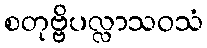
စတုဗ္ဗိပလ္လာသဝသံ